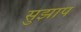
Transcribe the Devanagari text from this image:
सुझाप